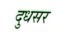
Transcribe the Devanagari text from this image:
दुधसर